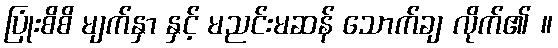
ပြုံးစိစိ မျက်နှာ နှင့် မညင်းမဆန် သောက်ချ လိုက်၏ ။